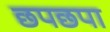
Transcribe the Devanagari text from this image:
छपछपा